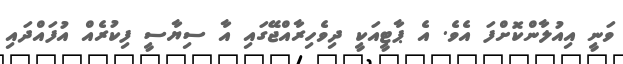
ވަނީ އިއުލާންކޮށްފަ އެވެ. އެ ޕާޓީއަކީ ދިވެހިރާއްޖޭގައި އާ ސިޔާސީ ފިކުރެއް އުފައްދައި